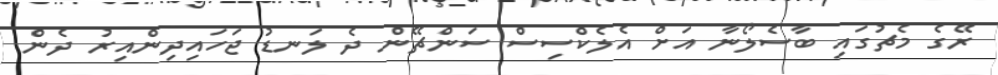
ރޭގެ މެޗުގައި ބާސެލޯނާ އަށް އެލެކްސިސް ސަންޗޭން ދެ ލަނޑު ޖަހައިދިންއިރު ދެން